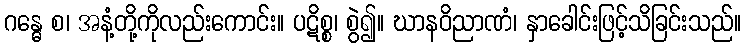
ဂန္ဓေ စ၊ အနံ့တို့ကိုလည်းကောင်း။ ပဋိစ္စ၊ စွဲ၍။ ဃာနဝိညာဏံ၊ နှာခေါင်းဖြင့်သိခြင်းသည်။